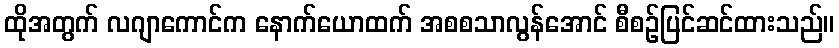
ထိုအတွက် လဂျာကောင်က နောက်ယောထက် အစစသာလွန်အောင် စီစဉ်ပြင်ဆင်ထားသည်။